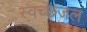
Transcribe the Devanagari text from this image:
स्वच्छजल